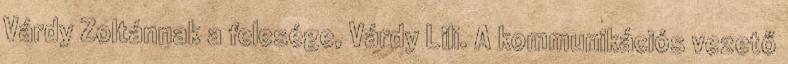
Várdy Zoltánnak a felesége, Várdy Lili. A kommunikációs vezető